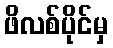
ဖိလစ်ပိုင်မှ